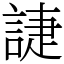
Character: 誱